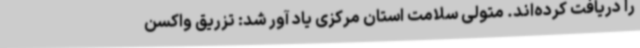
را دریافت کرده‌اند. متولی سلامت استان مرکزی یاد آور شد: تزریق واکسن